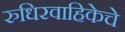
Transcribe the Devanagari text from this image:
रुधिरवाहिकेचे